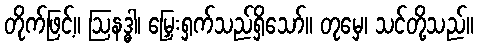
တိုက်ဖြင့်။ ဩနဒ္ဓါ၊ မြှေးရှက်သည်ရှိသော်။ တုမှေ၊ သင်တို့သည်။